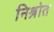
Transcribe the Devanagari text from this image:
निश्रोत